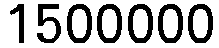
1500000